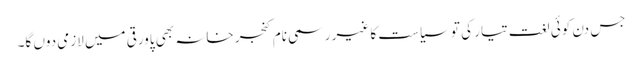
جس دن کوئی لغت تیار کی تو سیاست کا غیر رسمی نام کنجر خانہ بھی پاورقی میں لازمی دوں گا۔